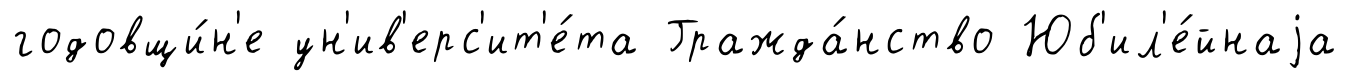
годовщи́н'е ун'ив'ерс'ит'е́та Гражда́нство Юб'ил'е́йнаjа